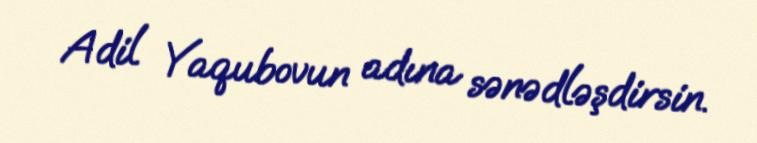
Adil Yaqubovun adına sənədləşdirsin.